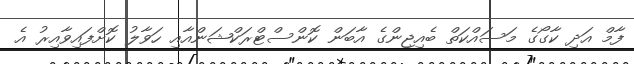
ފާމް އަދި ކާގޯގެ މަސައްކަތް ބެއިޖިންގެ އާބަން ކޮންސްޓްރަކްޝަންއާއި ހަވާލު ކޮށްފައިވާއިރު އެ